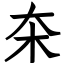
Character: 㚓